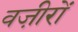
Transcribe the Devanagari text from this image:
वजी़रों